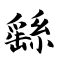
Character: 繇